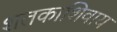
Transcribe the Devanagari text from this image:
शतकाशिवाय